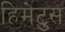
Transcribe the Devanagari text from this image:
हिमेटुस